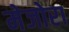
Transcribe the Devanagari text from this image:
मेजोरा